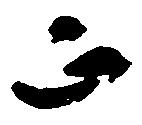
正